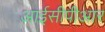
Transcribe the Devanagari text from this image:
आईसीपीआर